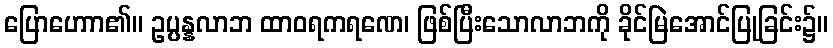
ပြောဟောာ၏။ ဥပ္ပန္နလာဘ ထာဝရကရဏေ၊ ဖြစ်ပြီးသောလာဘကို ခိုင်မြဲအောင်ပြုခြင်း၌။